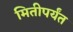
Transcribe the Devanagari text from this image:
मितीपर्यंत